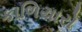
કાળિયારો